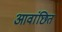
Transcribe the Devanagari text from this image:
आवांछित